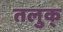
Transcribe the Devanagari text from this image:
तलुक्